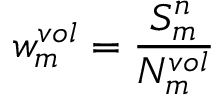
w _ { m } ^ { v o l } = \frac { S _ { m } ^ { n } } { N _ { m } ^ { v o l } }